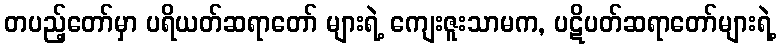
တပည့်တော်မှာ ပရိယတ်ဆရာတော် များရဲ့ ကျေးဇူးသာမက, ပဋိပတ်ဆရာတော်များရဲ့